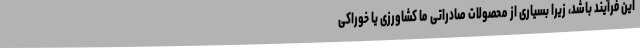
این فرآیند باشد، زیرا بسیاری از محصولات صادراتی ما کشاورزی یا خوراکی